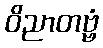
ဝိညာတဗ္ဗံ